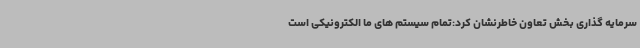
سرمایه گذاری بخش تعاون خاطرنشان کرد:تمام سیستم های ما الکترونیکی است